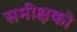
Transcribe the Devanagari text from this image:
समीक्षको